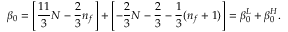
\beta _ { 0 } = \left[ \frac { 1 1 } { 3 } N - \frac { 2 } { 3 } n _ { f } \right] + \left[ - \frac { 2 } { 3 } N - \frac { 2 } { 3 } - \frac { 1 } { 3 } ( n _ { f } + 1 ) \right] = \beta _ { 0 } ^ { L } + \beta _ { 0 } ^ { H } .